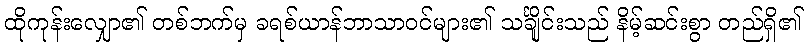
ထိုကုန်းလျှော၏ တစ်ဘက်မှ ခရစ်ယာန်ဘာသာဝင်များ၏ သင်္ချိုင်းသည် နိမ့်ဆင်းစွာ တည်ရှိ၏